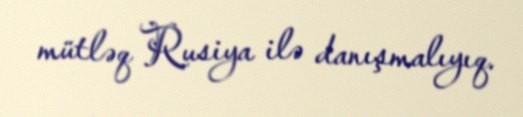
mütləq Rusiya ilə danışmalıyıq.